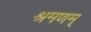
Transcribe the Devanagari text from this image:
श्रमणम्